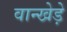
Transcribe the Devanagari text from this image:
वान्खेड़े